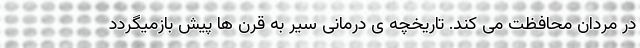
در مردان محافظت می کند. تاریخچه ی درمانی سیر به قرن ها پیش بازمیگردد